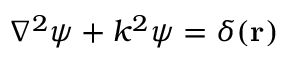
\nabla ^ { 2 } \psi + k ^ { 2 } \psi = \delta ( \mathbf { r } )